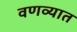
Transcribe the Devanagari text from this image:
वणव्यात